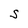
Character: S